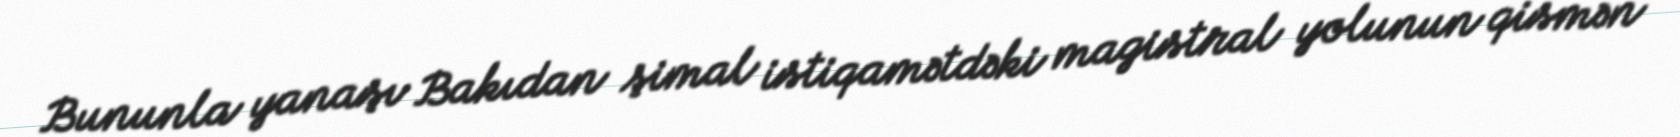
Bununla yanaşı Bakıdan şimal istiqamətdəki magistral yolunun qismən